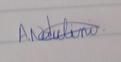
Signature authenticity: genuine